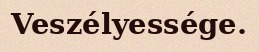
Veszélyessége.